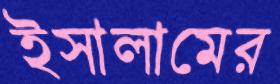
ইসালামের